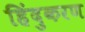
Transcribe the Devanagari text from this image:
हिंदुकरण